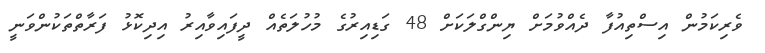
ވެރިކަމުން އިސްތިއުފާ ދެއްވުމަށް ޔިންގްލަކަށް 48 ގަޑިއިރުގެ މުހުލަތެއް ދީފައިވާއިރު އިދިކޮޅު ފަރާތްތަކުންވަނީ